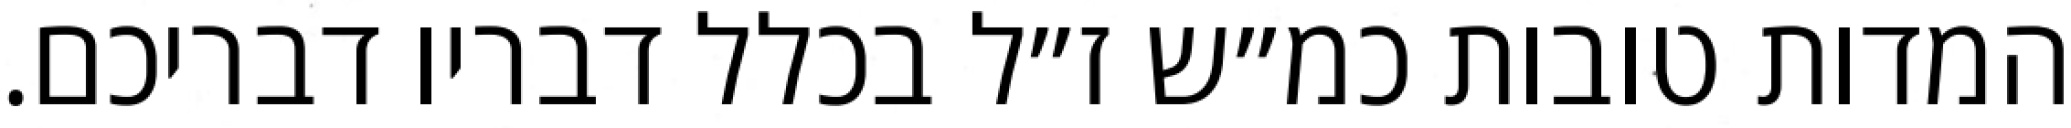
המדות טובות כמ״ש ז״ל בכלל דבריו דבריכם.